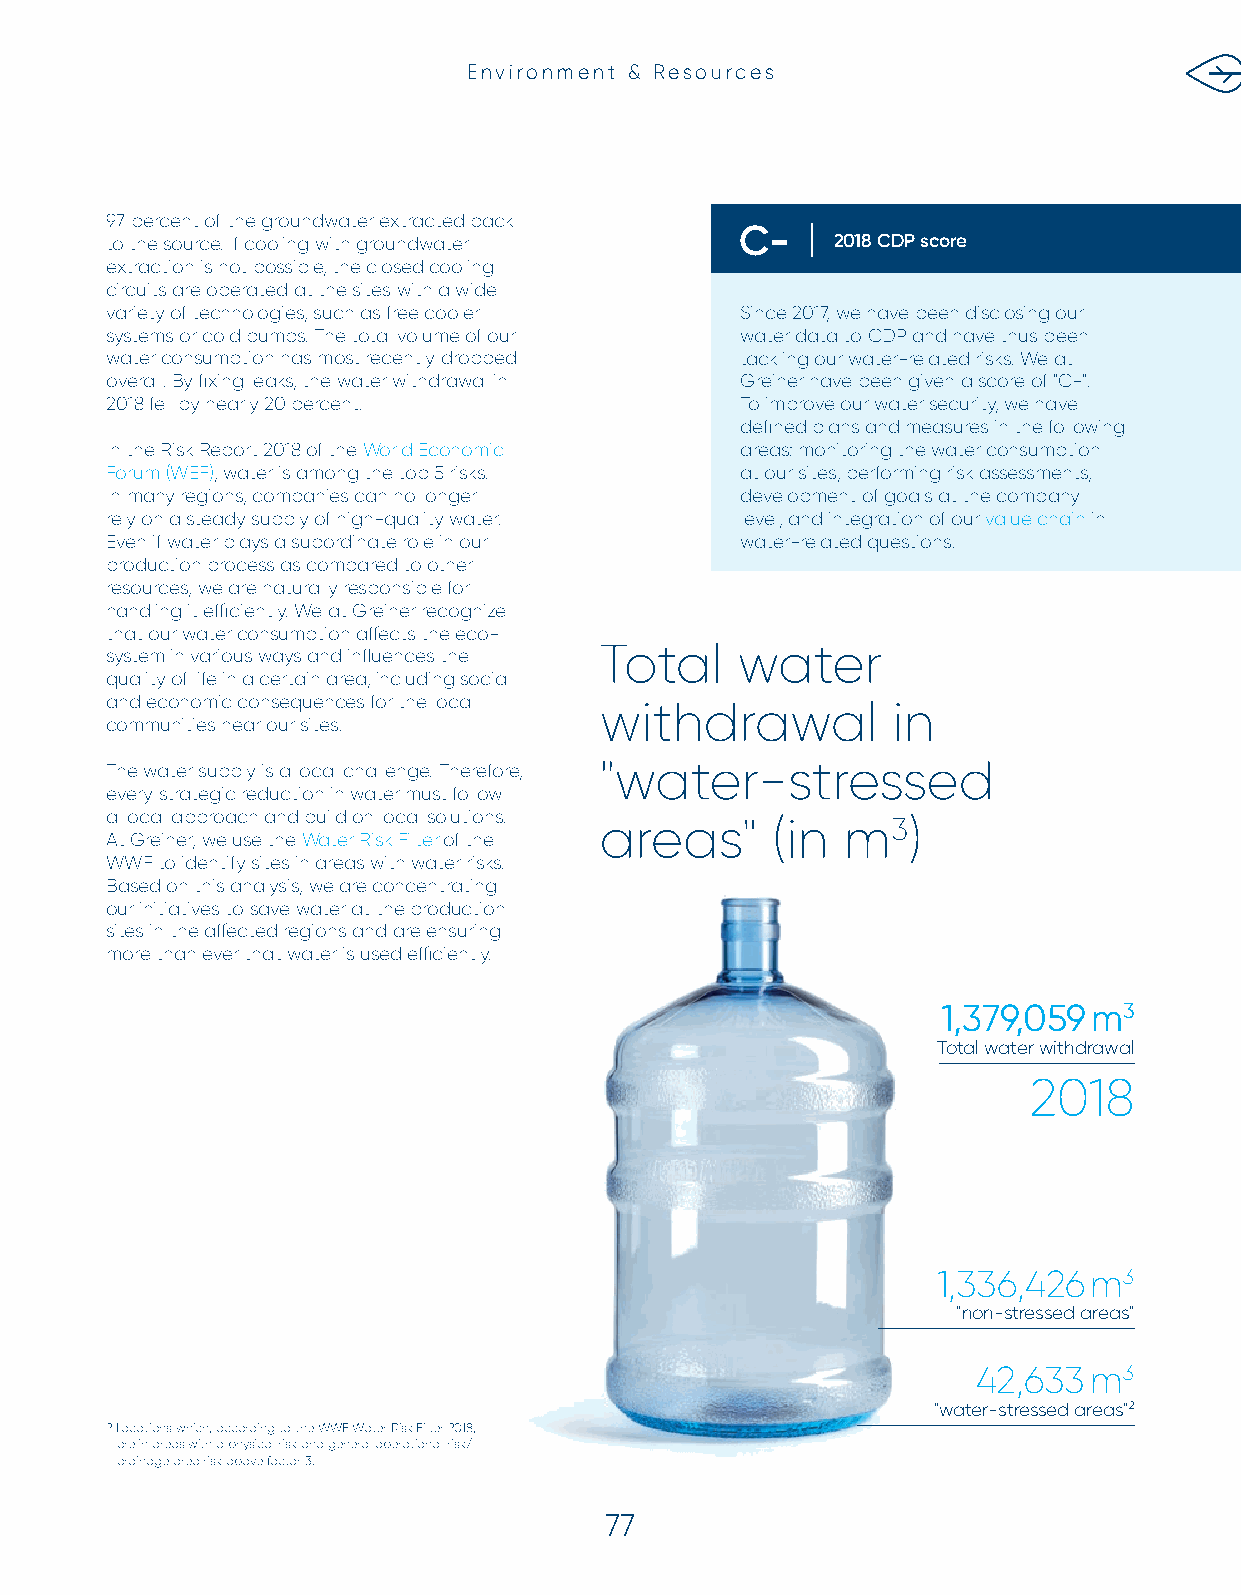
Environment & Resources
 97 percent of the groundwater extracted back
 C-
 to the source. If cooling with groundwater      2018 CDP score
 extraction is not possible, the closed cooling
 circuits are operated at the sites with a wide
 variety of technologies, such as free cooler Since 2017, we have been disclosing our
 systems or cold pumps. The total volume of our water data to CDP and have thus been
 water consumption has most recently dropped tackling our water-related risks. We at
 overall. By fi xing leaks, the water withdrawal in Greiner have been given a score of "C-".
 2018 fell by nearly 20 percent.           To improve our water security, we have
 defi ned plans and measures in the following
 In the Risk Report 2018 of the World Economic areas: monitoring the water consumption
 Forum(WEF), water is among the top 5 risks. at our sites, performing risk assessments,
 In many regions, companies can no longer  development of goals at the company
 rely on a steady supply of high-quality water. level, and integration of our value chain in
 Even if water plays a subordinate role in our water-related questions.
 production process as compared to other
 resources, we are naturally responsible for
 handling it effi ciently. We at Greiner recognize
 that our water consumption aff ects the eco-
 Total    water
 system in various ways and infl uences the
 quality of life in a certain area, including social
 and economic consequences for the local withdrawal  in
 communities near our sites.
 The water supply is a local challenge. Therefore, "water-stressed
 every strategic reduction in water must follow
 a local approach and build on local solutions.
 areas"     (in  m3)
 At Greiner, we use the Water Risk Filterof the
 WWF to identify sites in areas with water risks.
 Based on this analysis, we are concentrating
 our initiatives to save water at the production
 sites in the aff ected regions and are ensuring
 more than ever that water is used effi ciently.
 1,379,059 m3
 Total water withdrawal
 2018
 1,336,426 m3
 "non-stressed areas"
 42,633 m3
 "water-stressed areas"2
 2 Locations which, according to the WWF Water Risk Filter 2018,
 are in areas with a physical risk and general operational risk/
 drainage area risk above factor 3.
 77